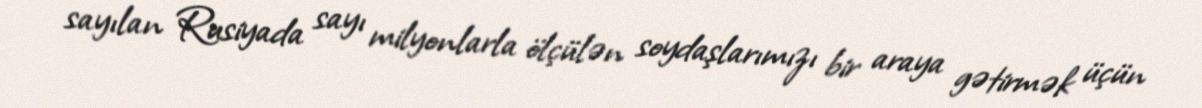
sayılan Rusiyada sayı milyonlarla ölçülən soydaşlarımızı bir araya gətirmək üçün